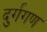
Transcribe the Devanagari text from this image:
दुर्गगण